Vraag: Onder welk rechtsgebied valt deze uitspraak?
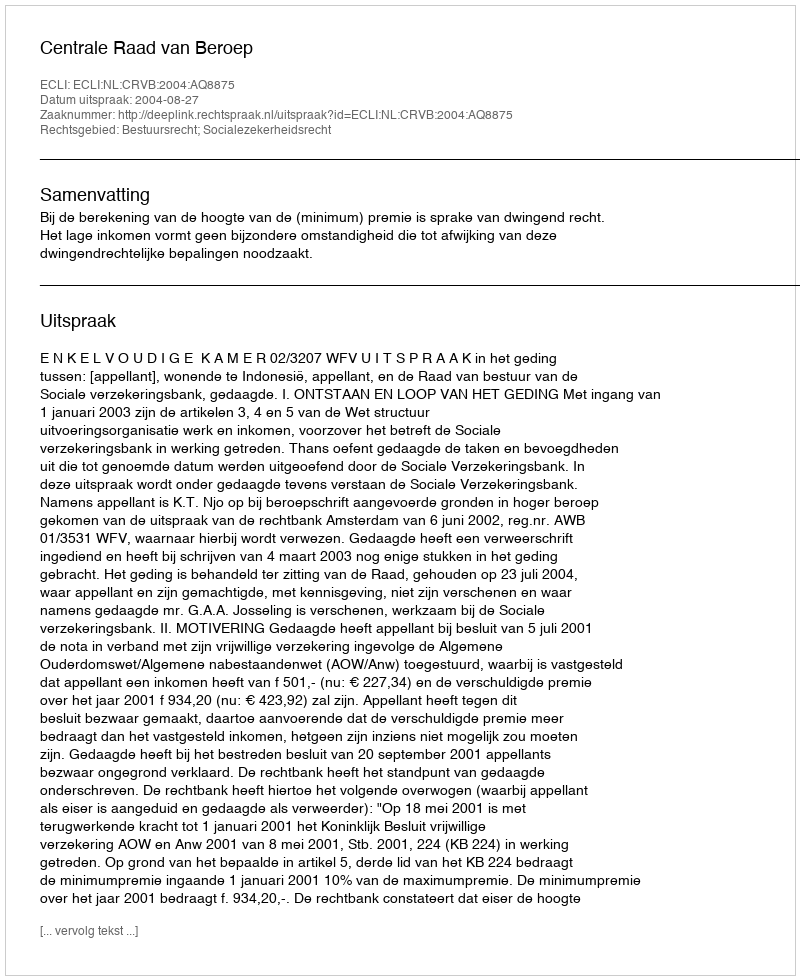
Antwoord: Bestuursrecht; Socialezekerheidsrecht